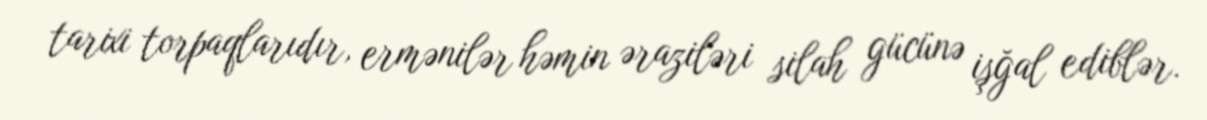
tarixi torpaqlarıdır, ermənilər həmin əraziləri silah gücünə işğal ediblər.